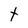
Character: t